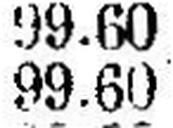
99.60